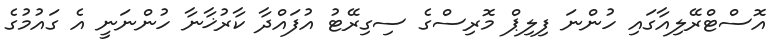
އޮސްޓްރޭލިއާގައި ހުންނަ ފިލިޕް މޮރިސްގެ ސިގިރޭޓު އުފައްދާ ކާރުޚާނާ ހުންނަނީ އެ ގައުމުގެ